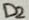
Text: D2